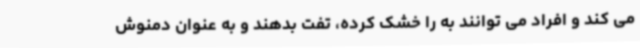
می کند و افراد می توانند به را خشک کرده، تفت بدهند و به عنوان دمنوش